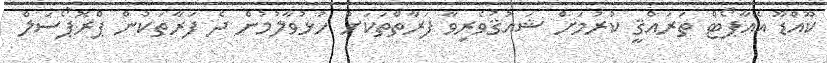
ކޫއްޑޫ އެއާޕޯޓް ތަރައްޤީ ކުރުމަށް ޝައުޤުވެރިވާ ފަރާތްތަކަށް ހުޅުވާލުމުން ދެ ފަރާތަކުން ޕްރޮޕޯސަލް